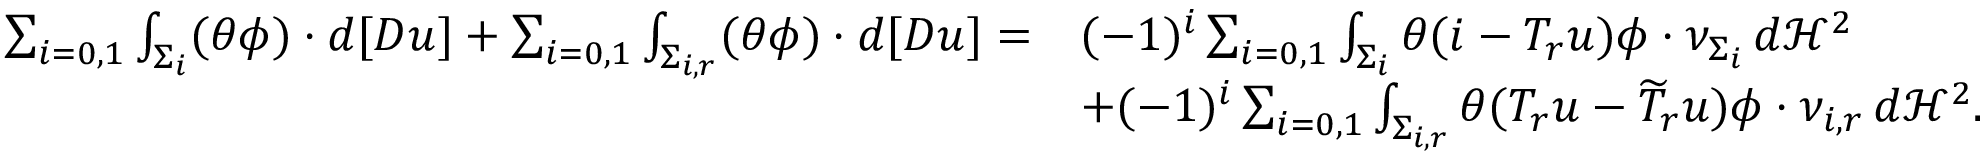
\begin{array} { r l } { \sum _ { i = 0 , 1 } \int _ { \Sigma _ { i } } ( \theta \phi ) \cdot d [ D u ] + \sum _ { i = 0 , 1 } \int _ { \Sigma _ { i , r } } ( \theta \phi ) \cdot d [ D u ] = } & { ( - 1 ) ^ { i } \sum _ { i = 0 , 1 } \int _ { \Sigma _ { i } } \theta ( i - T _ { r } u ) \phi \cdot \nu _ { \Sigma _ { i } } \, d \mathcal H ^ { 2 } } \\ & { + ( - 1 ) ^ { i } \sum _ { i = 0 , 1 } \int _ { \Sigma _ { i , r } } \theta ( T _ { r } u - \widetilde { T } _ { r } u ) \phi \cdot \nu _ { i , r } \, d \mathcal H ^ { 2 } . } \end{array}